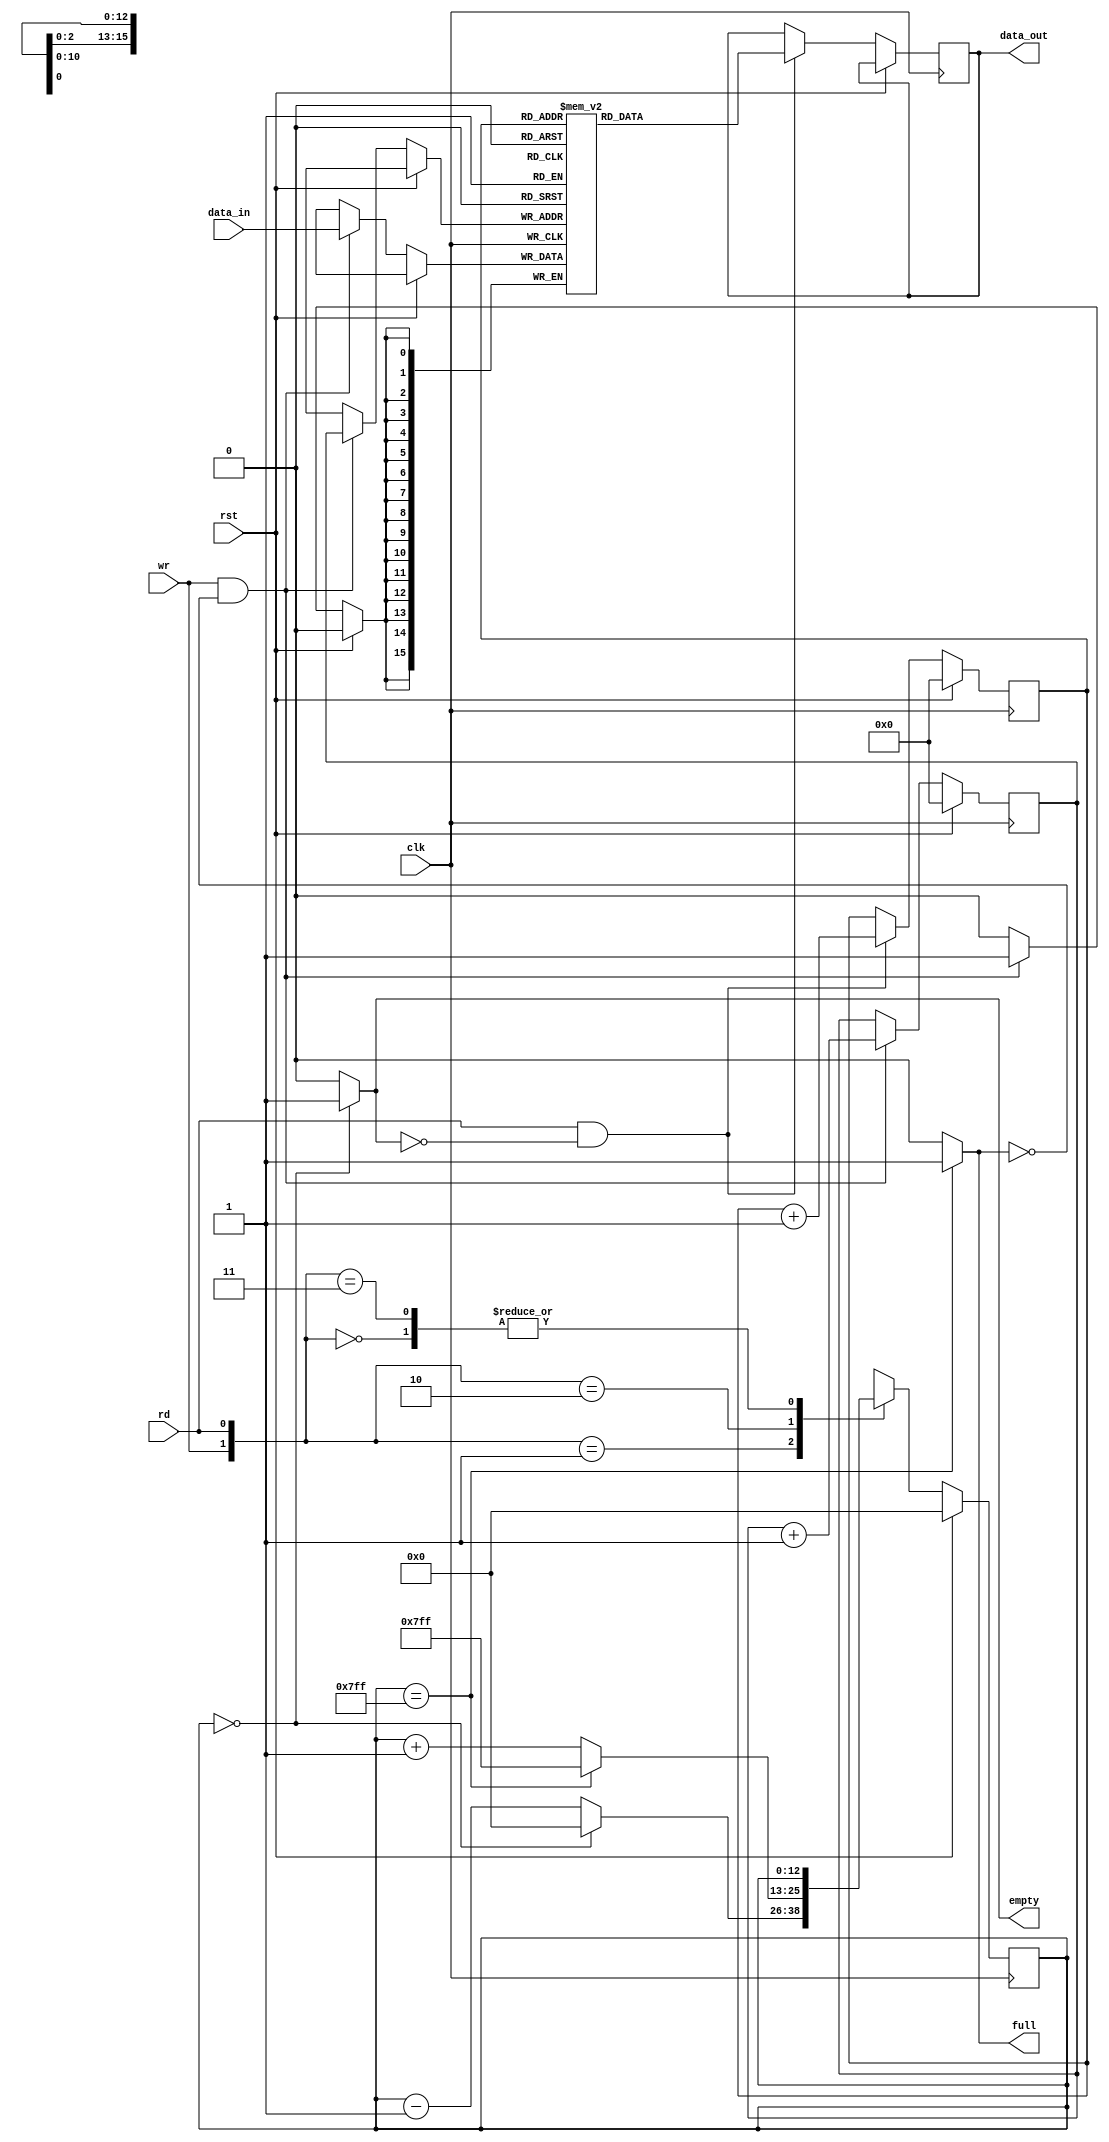

module fifo_2048#(
parameter DataWidth = 16,
    parameter Depth = 2048,
    parameter PtrWidth = 11,
    parameter MAX_VALUE = Depth-1
)(
    input [DataWidth-1:0] data_in,
    input clk, rst, 
    input rd, wr,
    output empty,
    output full,
    
    
    output reg[DataWidth-1:0] data_out
);
 reg [PtrWidth+1:0] fifo_cnt;
    reg [PtrWidth-1:0] rd_ptr;
    reg [PtrWidth-1:0] wr_ptr;
    reg [DataWidth-1:0] fifo [0:Depth-1];
    integer i;
    
    initial 
    begin
    for(i=0;i<Depth-1;i=i+1)
    data_out[i] =0;
    end

    always @(posedge clk) begin
        if (rst) begin
            wr_ptr <= 0;
            rd_ptr <= 0;
        end else begin
            // Write operation
            if (wr && ~full) begin
                fifo[wr_ptr] <= data_in;
                wr_ptr <= wr_ptr + 1;
            end
            // Read operation
            if (rd && ~empty) begin
                data_out <= fifo[rd_ptr];
                rd_ptr <= rd_ptr + 1;
            end
        end
    end

    // Counter
    always @(posedge clk) begin
        if (rst) begin
            fifo_cnt <= 0;
        end else begin
            case ({wr, rd})
                2'b00: fifo_cnt <= fifo_cnt;
                2'b01: fifo_cnt <= (fifo_cnt == 0) ? 0 : fifo_cnt - 1;
                2'b10: fifo_cnt <= (fifo_cnt == MAX_VALUE) ? MAX_VALUE : fifo_cnt + 1;
                2'b11: fifo_cnt <= fifo_cnt;
                default: fifo_cnt <= fifo_cnt;
            endcase
        end
    end

    assign empty = (fifo_cnt == 0) ? 1 : 0;
    assign full = (fifo_cnt == MAX_VALUE) ? 1 : 0;

endmodule